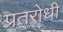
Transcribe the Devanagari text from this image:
प्रतरोधी